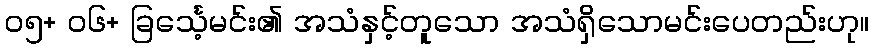
၀၅+ ၀၆+ ခြင်္သေ့မင်း၏ အသံနှင့်တူသော အသံရှိသောမင်းပေတည်းဟု။